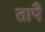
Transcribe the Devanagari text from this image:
तापै